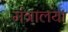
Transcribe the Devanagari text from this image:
मंत्रालया